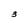
Character: 3